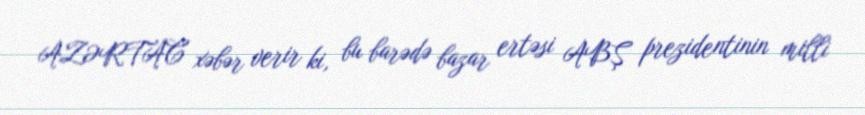
AZƏRTAC xəbər verir ki, bu barədə bazar ertəsi ABŞ prezidentinin milli